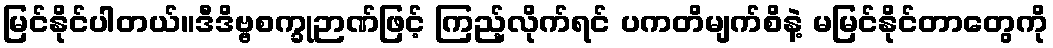
မြင်နိုင်ပါတယ်။ဒီဒိဗ္ဗစက္ခုဉာဏ်ဖြင့် ကြည့်လိုက်ရင် ပကတိမျက်စိနဲ့ မမြင်နိုင်တာတွေကို